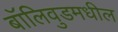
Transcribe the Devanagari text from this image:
बॉलिवुडमधील